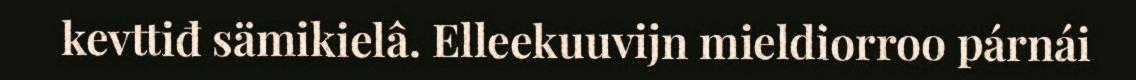
kevttiđ sämikielâ. Elleekuuvijn mieldiorroo párnái